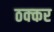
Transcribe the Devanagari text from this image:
ठक्‍कर